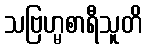
သဗြဟ္မစာရီသူတိ